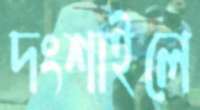
দংশাইলে